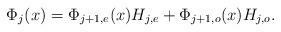
LaTeX: \begin{align*}\Phi_j(x) = \Phi_{j+1,e}(x)H_{j,e}+ \Phi_{j+1,o}(x)H_{j,o}.\end{align*}